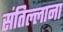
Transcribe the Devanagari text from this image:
संतिल्लाना